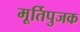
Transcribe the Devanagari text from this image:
मूर्तिपुजक